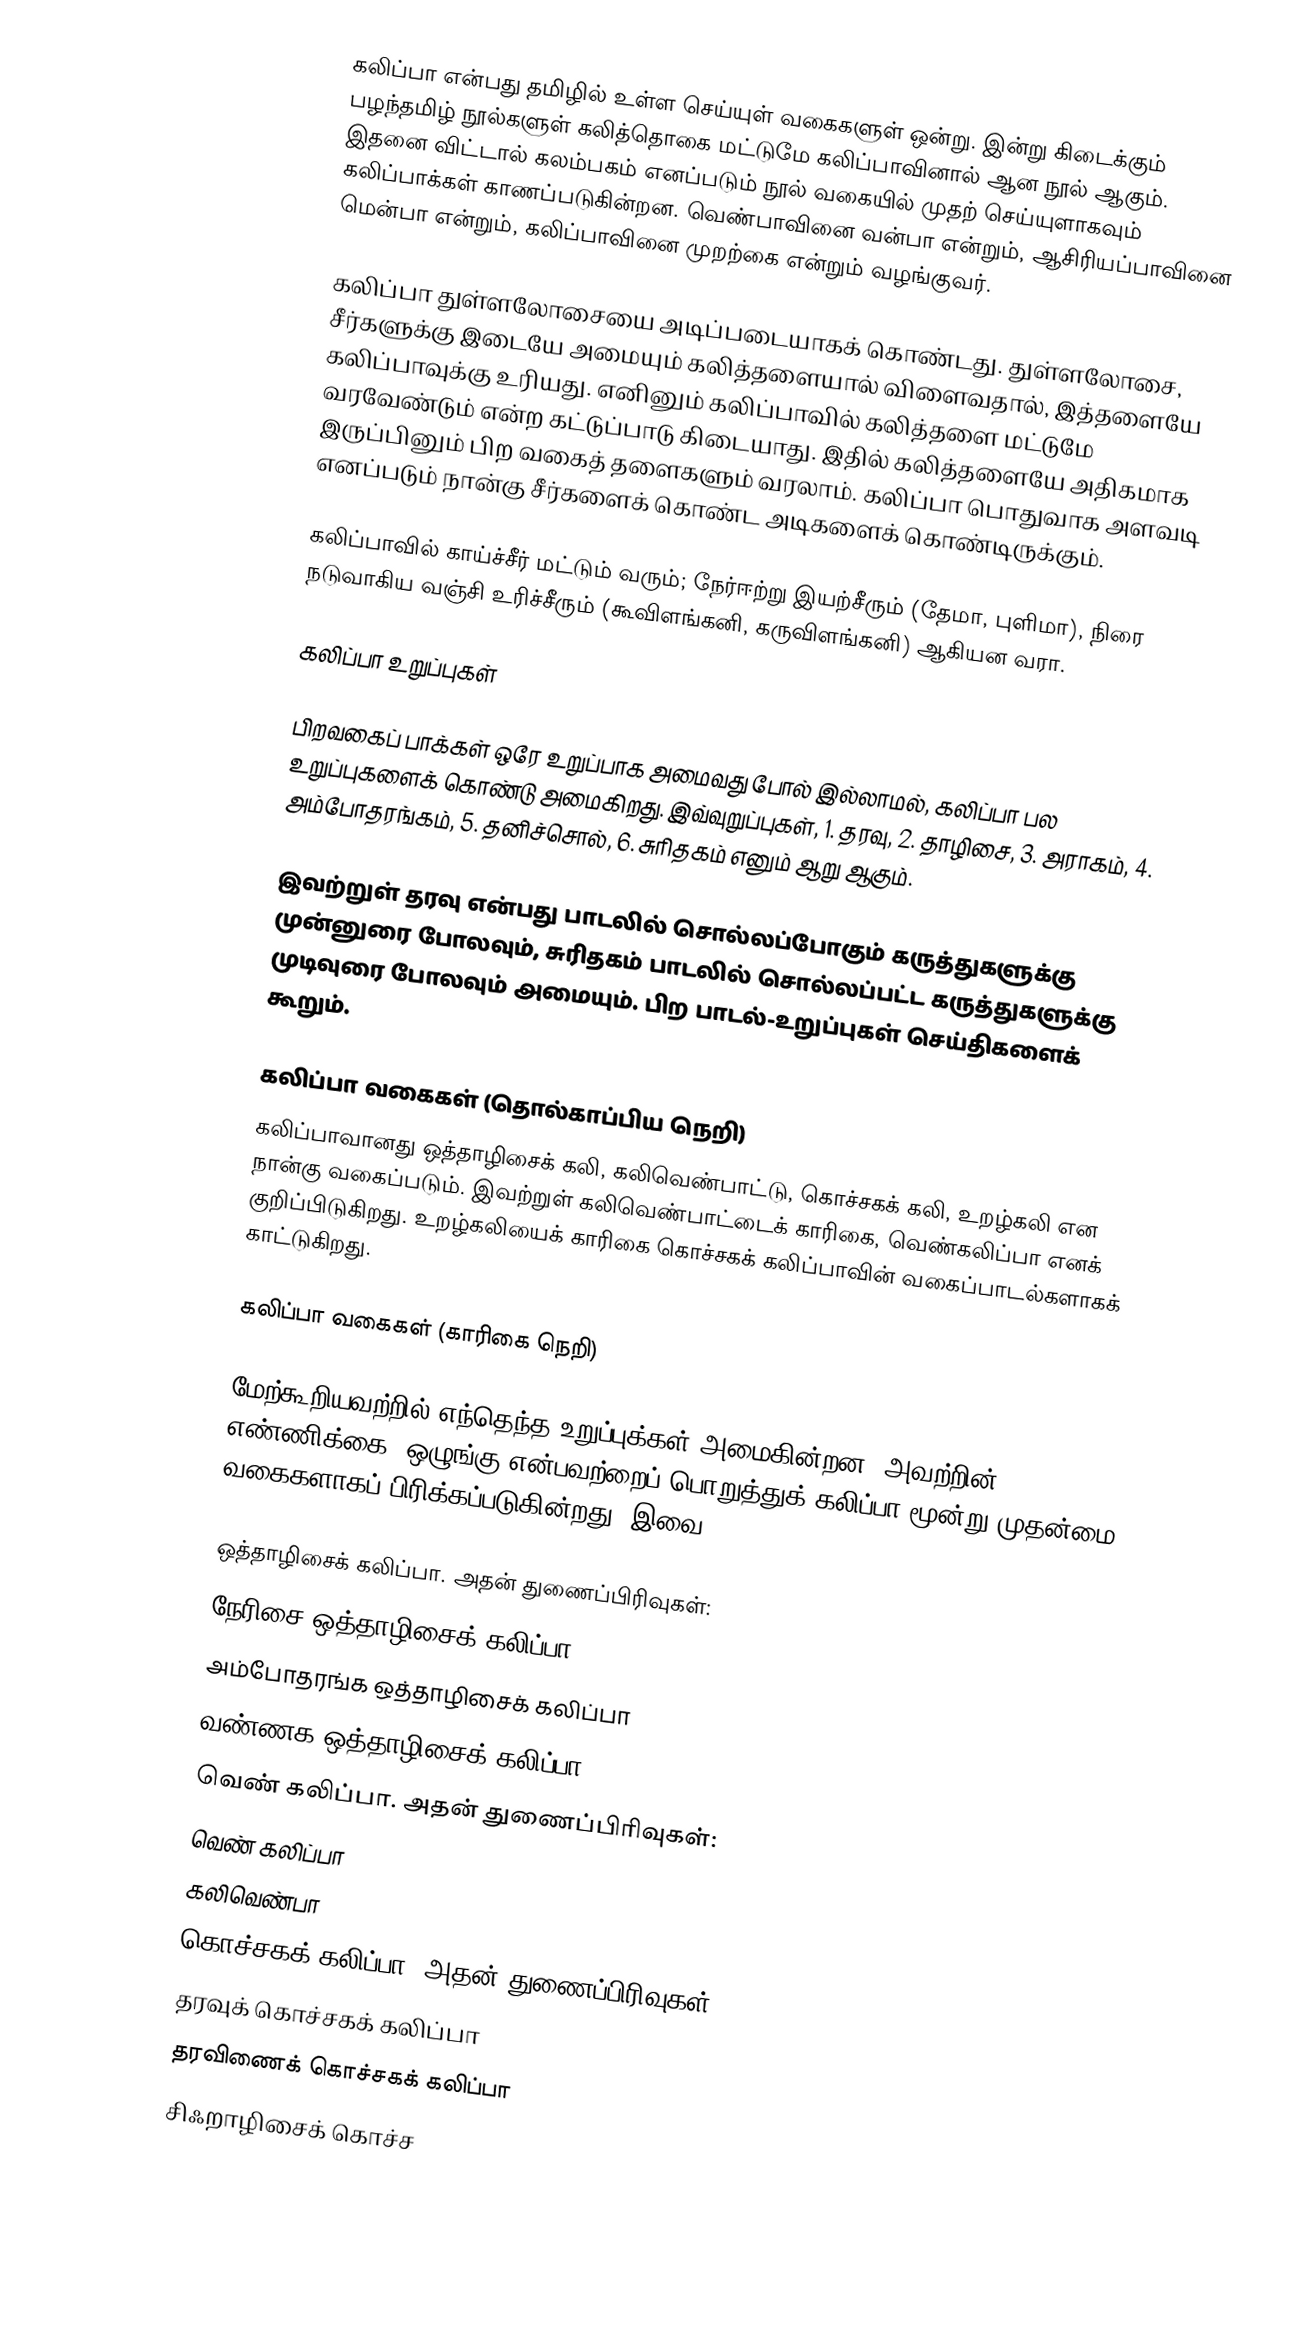
கலிப்பா என்பது தமிழில் உள்ள செய்யுள் வகைகளுள் ஒன்று. இன்று கிடைக்கும் பழந்தமிழ் நூல்களுள் கலித்தொகை மட்டுமே கலிப்பாவினால் ஆன நூல் ஆகும். இதனை விட்டால் கலம்பகம் எனப்படும் நூல் வகையில் முதற் செய்யுளாகவும் கலிப்பாக்கள் காணப்படுகின்றன. வெண்பாவினை வன்பா என்றும், ஆசிரியப்பாவினை மென்பா என்றும், கலிப்பாவினை முறற்கை என்றும் வழங்குவர்.

கலிப்பா துள்ளலோசையை அடிப்படையாகக் கொண்டது.  துள்ளலோசை, சீர்களுக்கு இடையே அமையும் கலித்தளையால் விளைவதால், இத்தளையே கலிப்பாவுக்கு உரியது. எனினும் கலிப்பாவில் கலித்தளை மட்டுமே வரவேண்டும் என்ற கட்டுப்பாடு கிடையாது. இதில் கலித்தளையே அதிகமாக இருப்பினும் பிற வகைத் தளைகளும் வரலாம். கலிப்பா பொதுவாக அளவடி எனப்படும் நான்கு சீர்களைக் கொண்ட அடிகளைக் கொண்டிருக்கும்.

கலிப்பாவில் காய்ச்சீர் மட்டும் வரும்; நேர்ஈற்று இயற்சீரும் (தேமா, புளிமா), நிரை நடுவாகிய வஞ்சி உரிச்சீரும் (கூவிளங்கனி, கருவிளங்கனி) ஆகியன வரா.

கலிப்பா உறுப்புகள்

பிறவகைப் பாக்கள் ஒரே உறுப்பாக அமைவது போல் இல்லாமல், கலிப்பா பல உறுப்புகளைக் கொண்டு அமைகிறது. இவ்வுறுப்புகள், 1. தரவு, 2. தாழிசை, 3. அராகம், 4. அம்போதரங்கம், 5. தனிச்சொல், 6. சுரிதகம் எனும் ஆறு ஆகும்.

இவற்றுள் தரவு என்பது பாடலில் சொல்லப்போகும் கருத்துகளுக்கு முன்னுரை போலவும், சுரிதகம் பாடலில் சொல்லப்பட்ட கருத்துகளுக்கு முடிவுரை போலவும் அமையும். பிற பாடல்-உறுப்புகள் செய்திகளைக் கூறும்.

கலிப்பா வகைகள் (தொல்காப்பிய நெறி)
கலிப்பாவானது ஒத்தாழிசைக் கலி, கலிவெண்பாட்டு, கொச்சகக் கலி, உறழ்கலி என நான்கு வகைப்படும்.  இவற்றுள் கலிவெண்பாட்டைக் காரிகை, வெண்கலிப்பா எனக் குறிப்பிடுகிறது. உறழ்கலியைக் காரிகை கொச்சகக் கலிப்பாவின் வகைப்பாடல்களாகக் காட்டுகிறது.

கலிப்பா வகைகள் (காரிகை நெறி)

மேற்கூறியவற்றில் எந்தெந்த உறுப்புக்கள் அமைகின்றன, அவற்றின் எண்ணிக்கை, ஒழுங்கு என்பவற்றைப் பொறுத்துக் கலிப்பா மூன்று முதன்மை வகைகளாகப் பிரிக்கப்படுகின்றது. இவை,

 ஒத்தாழிசைக் கலிப்பா. அதன் துணைப்பிரிவுகள்:
 நேரிசை ஒத்தாழிசைக் கலிப்பா
 அம்போதரங்க ஒத்தாழிசைக் கலிப்பா
 வண்ணக ஒத்தாழிசைக் கலிப்பா
 வெண் கலிப்பா. அதன் துணைப்பிரிவுகள்:
 வெண் கலிப்பா
 கலிவெண்பா
 கொச்சகக் கலிப்பா. அதன் துணைப்பிரிவுகள்:
 தரவுக் கொச்சகக் கலிப்பா
 தரவிணைக் கொச்சகக் கலிப்பா
 சிஃறாழிசைக் கொச்ச